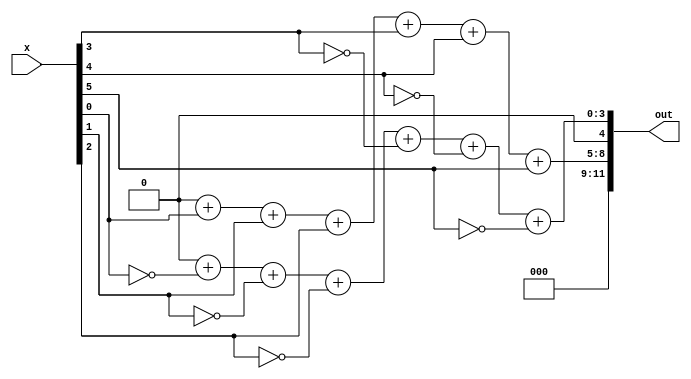
module Operation_4(
    input [5:0] x,
    output reg [11:0] out
	 );

integer i;

always @(*) begin
    out[11:10] = 2'b00;
    out[9] = 1'b0;
	 out[4] = 1'b0;
    out[8:5] = 4'b0;
	 out[3:0] = 4'b0;
    for (i = 0; i < 6; i = i + 1) begin
        out[8:5] = out[8:5] + x[i];
        out[3:0] = out[3:0] + !x[i];
    end
end

endmodule